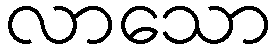
လာသော